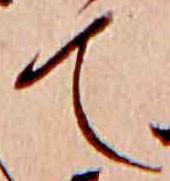
て